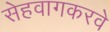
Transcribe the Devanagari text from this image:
सेहवागकरवे